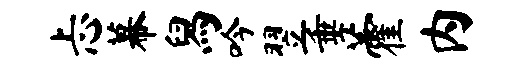
忐幕舄吟翌垂藿内